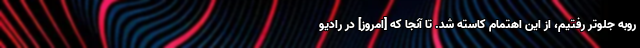
روبه جلوتر رفتیم، از این اهتمام کاسته شد. تا آنجا که [امروز] در رادیو